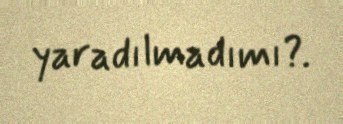
yaradılmadımı?.